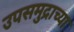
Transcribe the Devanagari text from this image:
उपसमुद्राच्या